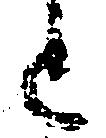
と